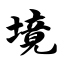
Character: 境